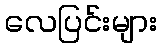
လေပြင်းများ